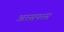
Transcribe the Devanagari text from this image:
अरसपरस